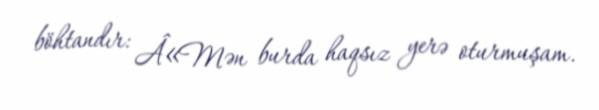
böhtandır: Â«Mən burda haqsız yerə oturmuşam.